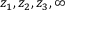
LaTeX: z _ { 1 } , z _ { 2 } , z _ { 3 } , \infty